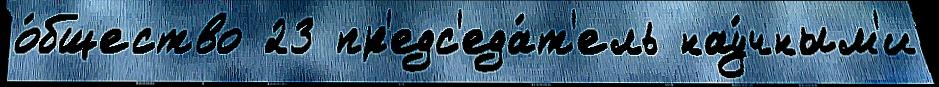
о́бщество 23 пр'едс'еда́т'ель нау́чным'и